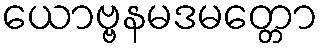
ယောဗ္ဗနမဒမတ္တော